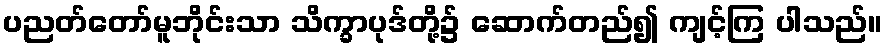
ပညတ်တော်မူဘိုင်းသာ သိက္ခာပုဒ်တို့၌ ဆောက်တည်၍ ကျင့်ကြ ပါသည်။